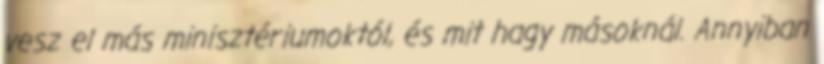
vesz el más minisztériumoktól, és mit hagy másoknál. Annyiban